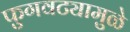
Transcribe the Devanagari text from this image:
फुगवट्यामुळे